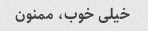
خیلی خوب، ممنون